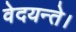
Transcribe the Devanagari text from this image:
वेदयन्ते।